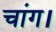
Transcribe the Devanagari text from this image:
चांग।